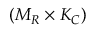
( M _ { R } \times K _ { C } )